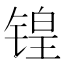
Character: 锽